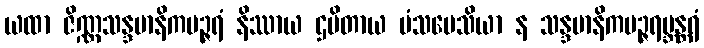
ယထာ ဇိဏ္ဏသန္ဒမာနိကပဉ္ဇရံ နိဿာယ ဌပိတာယ မံသပေသိယာ န သန္ဒမာနိကပဉ္ဇရဗ္ဘန္တရံ